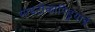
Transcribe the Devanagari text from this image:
माइटोकाण्ड्रियाई